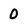
Character: 0